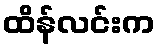
ထိန်လင်းက